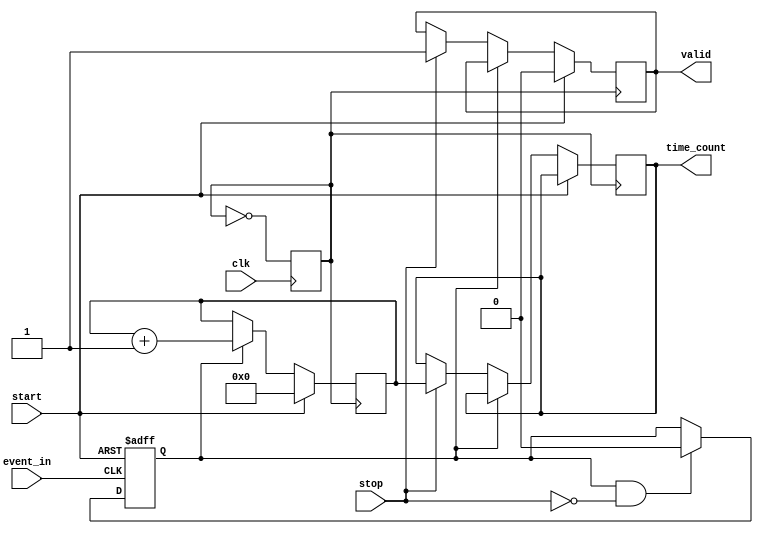
module TDC(
    input wire clk,                // System clock
    input wire start,              // Start signal
    input wire stop,               // Stop signal
    input wire event_in,           // Input event signal
    output reg [15:0] time_count,  // Time count output
    output reg valid               // Output valid signal
);

// Parameters
parameter DELAY_LINE_SIZE = 16;    // Number of delay elements
parameter COUNTER_WIDTH = 16;       // Width of the counter

// Internal signals
reg [COUNTER_WIDTH-1:0] counter;    // Time counter
reg [DELAY_LINE_SIZE-1:0] delay_line; // Delay line for time bins
reg measuring;                       // Flag for measuring state
reg event_detected;                  // Flag for event detection
reg clk_pll;                         // PLL generated clock

// PLL Simulation (Placeholder for PLL, actual implementation would vary)
always @(posedge clk) begin
    clk_pll <= ~clk_pll; // Simple toggling for simulation purposes
end

// Edge Detection Logic
always @(posedge event_in or posedge start) begin
    if (start)
        event_detected <= 1'b1; // Start event detected
    else if (event_detected && !stop) 
        event_detected <= 1'b0; // Clear event detection if stop is high
end

// Delay Line Implementation
always @(posedge clk_pll) begin
    if (measuring) begin
        // Shift the delay line
        delay_line <= {delay_line[DELAY_LINE_SIZE-2:0], event_in};
    end
end

// Counter Logic
always @(posedge clk_pll) begin
    if (start) begin
        counter <= 0;          // Reset counter on start
        measuring <= 1'b1;     // Enable measuring
        valid <= 1'b0;         // Output not valid yet
    end else if (event_detected) begin
        counter <= counter + 1; // Increment counter on event detection
    end else if (stop) begin
        measuring <= 1'b0;     // Disable measuring
        time_count <= counter;  // Store the count value
        valid <= 1'b1;          // Output valid signal
    end
end

endmodule